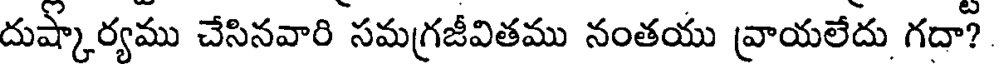
దుష్కార్యము చేసినవారి సమగ్రజీవితము నంతయు వ్రాయలేదు గదా?